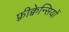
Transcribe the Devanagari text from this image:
फ़्रीक्वेन्सियों